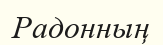
Радонның